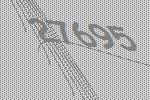
27695